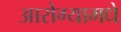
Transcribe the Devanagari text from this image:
आरोग्यामधे